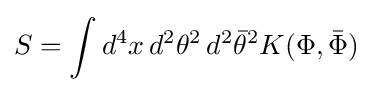
S=\int d^{4}x\,d^{2}\theta ^{2}\,d^{2}{\bar {\theta }}^{2}K(\Phi ,{\bar {\Phi }})